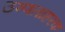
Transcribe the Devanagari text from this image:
उष्णताहरक